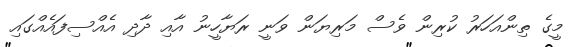
މީގެ ތިންއަހަރު ކުރިން ވެސް މަރިޔަން ވަނީ ރަޔާހީނު އާއި ދާދި އެއްސިފައެއްގައި